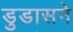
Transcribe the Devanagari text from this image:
डुडासने